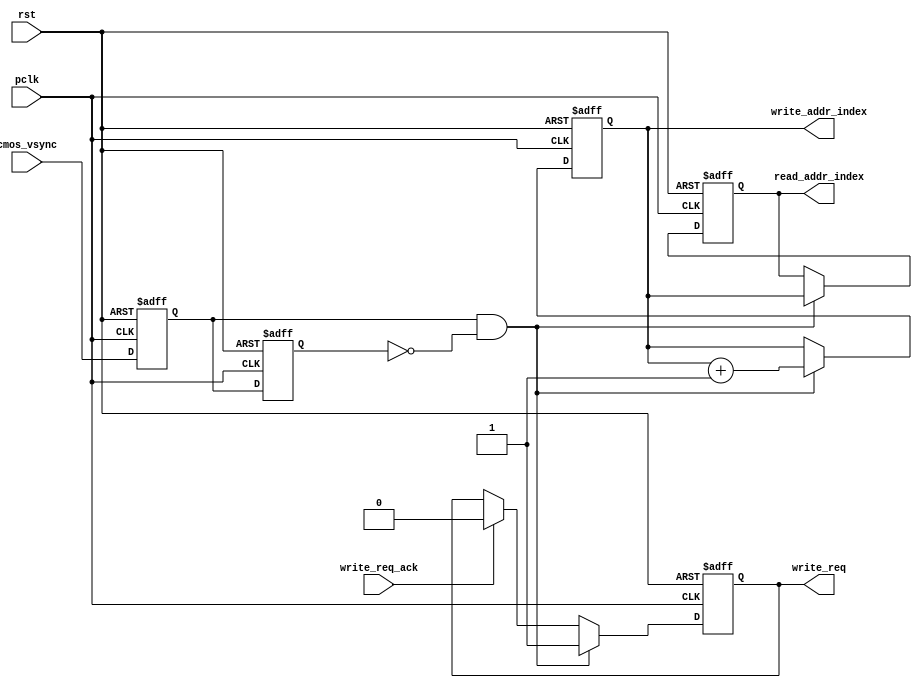


module cmos_write_req_gen(
	input              rst,
	input              pclk,
	input              cmos_vsync,
	output reg         write_req,
	output reg[1:0]    write_addr_index,
	output reg[1:0]    read_addr_index,
	input              write_req_ack
);
reg cmos_vsync_d0;
reg cmos_vsync_d1;
always@(posedge pclk or posedge rst)
begin
	if(rst == 1'b1)
	begin
		cmos_vsync_d0 <= 1'b0;
		cmos_vsync_d1 <= 1'b0;
	end
	else
	begin
		cmos_vsync_d0 <= cmos_vsync;
		cmos_vsync_d1 <= cmos_vsync_d0;
	end
end
always@(posedge pclk or posedge rst)
begin
	if(rst == 1'b1)
		write_req <= 1'b0;
	else if(cmos_vsync_d0 == 1'b1 && cmos_vsync_d1 == 1'b0)
		write_req <= 1'b1;
	else if(write_req_ack == 1'b1)
		write_req <= 1'b0;
end
always@(posedge pclk or posedge rst)
begin
	if(rst == 1'b1)
		write_addr_index <= 2'b0;
	else if(cmos_vsync_d0 == 1'b1 && cmos_vsync_d1 == 1'b0)
		write_addr_index <= write_addr_index + 2'd1;
end

always@(posedge pclk or posedge rst)
begin
	if(rst == 1'b1)
		read_addr_index <= 2'b0;
	else if(cmos_vsync_d0 == 1'b1 && cmos_vsync_d1 == 1'b0)
		read_addr_index <= write_addr_index;
end
endmodule